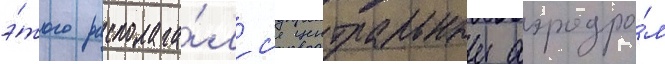
э́того располага́лс'я центральныи аэродро́м